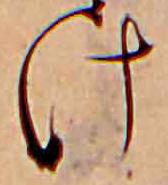
け